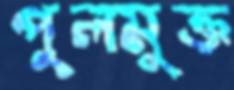
পুলমুক্ত